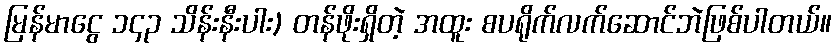
မြန်မာငွေ ၁၄၃ သိန်းနီးပါး) တန်ဖိုးရှိတဲ့ အထူး စပရိုက်လက်ဆောင်ဘဲဖြစ်ပါတယ်။